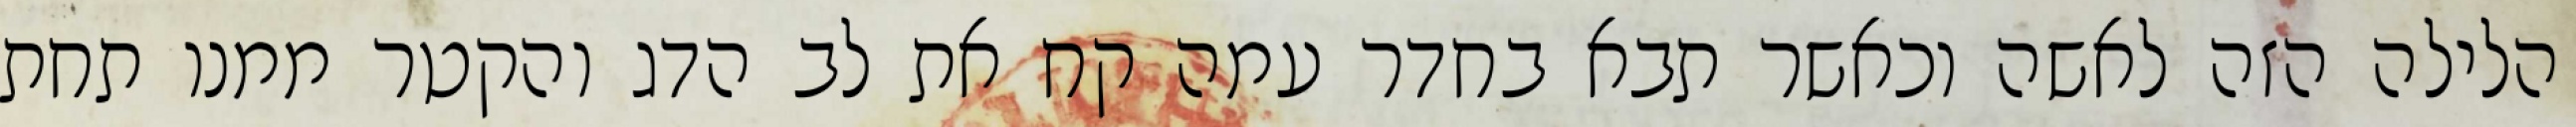
הלילה הזה לאשה וכאשר תבא בחדר עמה קח את לב הדג והקטר ממנו תחת